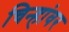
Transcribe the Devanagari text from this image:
चिन्हांवर